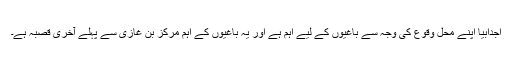
اجدابیا اپنے محلِ وقوع کی وجہ سے باغیوں کے لیے اہم ہے اور یہ باغیوں کے اہم مرکز بن غازی سے پہلے آخری قصبہ ہے۔